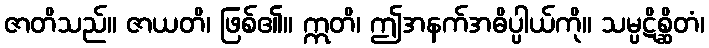
ဇာတိသည်။ ဇာယတိ၊ ဖြစ်၏။ ဣတိ၊ ဤအနက်အဓိပ္ပါယ်ကို။ သမ္ပဋိစ္ဆိတံ၊